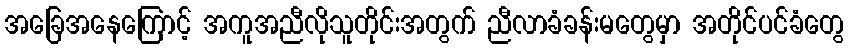
အခြေအနေကြောင့် အကူအညီလိုသူတိုင်းအတွက် ညီလာခံခန်းမတွေမှာ အတိုင်ပင်ခံတွေ